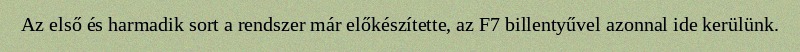
Az első és harmadik sort a rendszer már előkészítette, az F7 billentyűvel azonnal ide kerülünk.